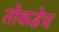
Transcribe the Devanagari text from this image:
तोकडेच